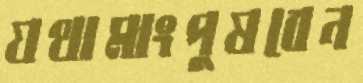
যথামাংপুষবেন